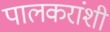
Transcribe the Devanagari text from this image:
पालकरांशी